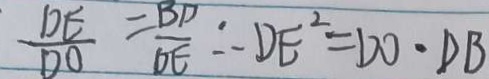
\frac { D E } { D O } = \frac { B D } { D E } \therefore D E ^ { 2 } = D O \cdot D B